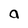
Character: a